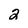
Character: 2